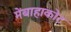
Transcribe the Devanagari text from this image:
मेंबाहाकोट